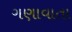
ગણાવાતા